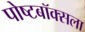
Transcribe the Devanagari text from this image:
पोष्टबॉक्सला